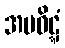
အပဝိဋ္ဋံ